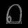
Digit: ၈